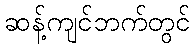
ဆန့်ကျင်ဘက်တွင်